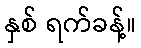
နှစ် ရက်ခန့်။